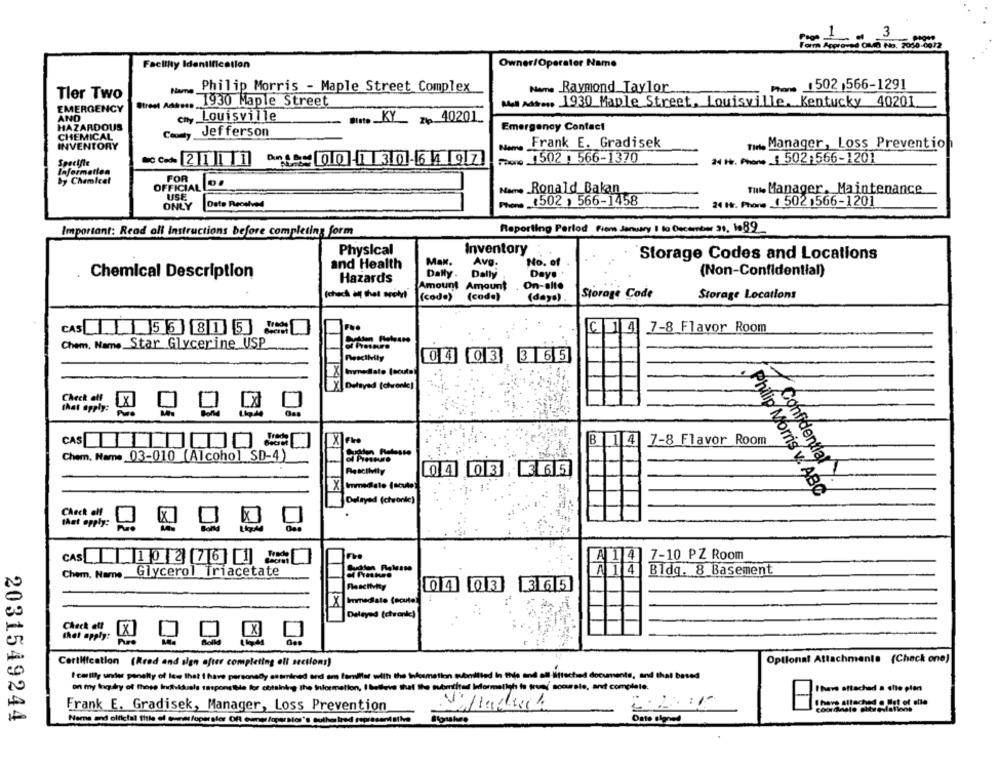
1- 3
Facility Identification
Owner/Operator Name
Philip Morris - Maple Street Complex
Nome Raymond_Taylor
. 502 566-1291
Tler Two
EMERGENCY
Street Address
1930 Maple Street
Mal Addons 1930 Maple Street, Louisville, Kentucky 40201
AND
City
Louisville
*no KY_ ₪ 40201
HAZARDOUS
Emergency Contact
CHEMICAL
County
Jefferson
INVENTORY
Frank E. Gradisek
nn Manager, Loss Prevention
Proce 1502 , 566-1370
NH. Po : 502:566-1201
Specific
Information
FOR
by Chemical
OFFICIAL
Name Ronald Bakan
tu Manager . Maintenance
USE
ONLY
Dete Received
.. (502 , 566-1458
24 H. P. 1 502 1566-1201
Reporting Period From January 1 to December 31. 189_
Important: Read all Instructions before completing form
Physical
Inventory
Avg.
Storage Codes and Locations
and Health
Max.
No. of
Chemical Description
Dalty.
Dally
Daye
(Non-Confidential)
Hazards
Amount
Amount
On-site
(check at that are !!
(cod.)
(cod.)
(days)
Storage Code
Storage Locations
C1 4
7-8 Flavor Room
CAS 56 81 5
Chem. Name Star Glycerine USP
Pescikily
04 03
3 65
X Delayed (chronic)
Check elf
that apply:
CAS
B 14
7-8 Flavor Room
Sudden Falasse
Chem. Name 03-010 (Alcohol SD-4)
04 03. 3 65
17 Confidential .
Philip Morris v. ABC
Delayed (ctwonle)
Check off
tAst opply:
CAS 10276
Fre
A 1 4 7-10 PZ Room
Chem. Name
Glycerol Triacetate
Bldq. 8 Basement
04 03 365
Imediato (ecute!
Delayed (chwanke)
that apply:
Check out [X]
Optional Attachments (Check one)
Certification (Rred and sign after completing oll sections)
I callly under penalty of law that I have personally es andned and am familiar with the information avbnilled In the and all Bitteched documents, and that based
on my laudy of those Individuels responsible for obtaining the information, I butlove that the submited Informellgh to true accurate, and complete.
Ihave attached a chie pien
I have attached @ list of aile
Frank E. Gradisek, Manager, Loss Prevention
2031549244
Oste signed